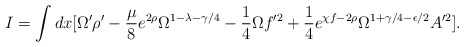
\begin{align*}I = \int dx [ \Omega^{\prime} \rho^{\prime} - \frac{\mu}{8}e^{2 \rho}\Omega^{1-\lambda -\gamma/4}-\frac{1}{4} \Omega f^{\prime 2} +\frac{1}{4} e^{\chi f-2 \rho} \Omega^{1+\gamma/4 -\epsilon/2} A^{\prime 2} ] .\end{align*}